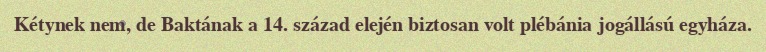
Kétynek nem, de Baktának a 14. század elején biztosan volt plébánia jogállású egyháza.